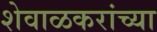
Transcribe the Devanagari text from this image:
शेवाळकरांच्या